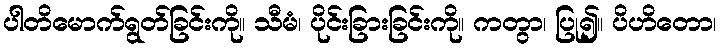
ပါတိမောက်ရွတ်ခြင်းကို။ သီမံ၊ ပိုင်းခြားခြင်းကို။ ကတွာ၊ ပြု၍။ ပိဟိတော၊